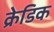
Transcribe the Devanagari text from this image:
क्रेडिक